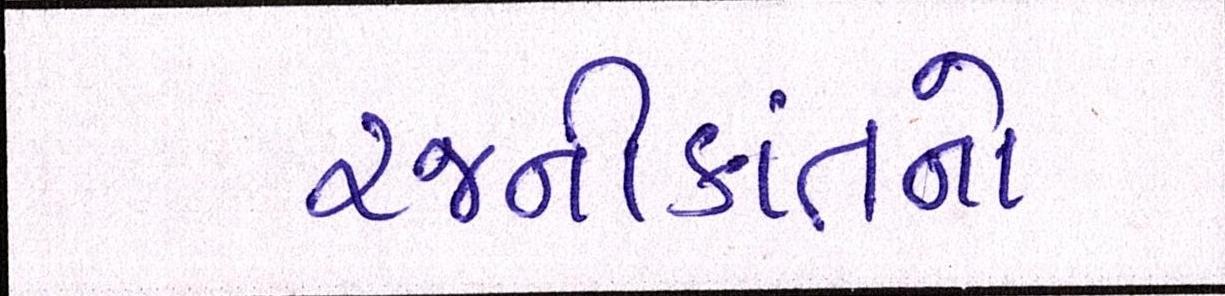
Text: રજનીકાંતનો